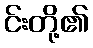
င်းတို့၏